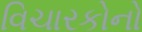
વિચારકોનો